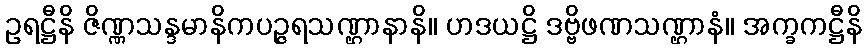
ဥရဋ္ဌီနိ ဇိဏ္ဏသန္ဒမာနိကပဉ္ဇရသဏ္ဌာနာနိ။ ဟဒယဋ္ဌိ ဒဗ္ဗိဖဏသဏ္ဌာနံ။ အက္ခကဋ္ဌီနိ